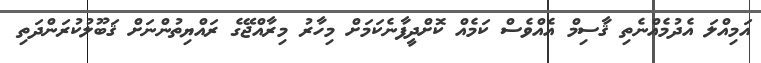
އަމިއްލަ އެދުމެއްނެތި ޤާސިމް އެއްވެސް ކަމެއް ކޮށްދީފާނެކަމަށް މިހާރު މިރާއްޖޭގެ ރައްޔިތުންނަށް ޤަބޫލުކުރަންދަތި